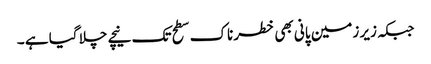
جبکہ زیر زمین پانی بھی خطرناک سطح تک نیچے چلا گیا ہے ۔